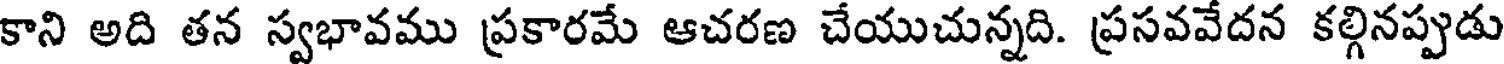
కాని అది తన స్వభావము ప్రకారమే ఆచరణ చేయుచున్నది. ప్రసవవేదన కల్గినప్పుడు